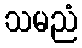
သမညံ